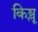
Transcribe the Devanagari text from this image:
किश्लू